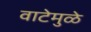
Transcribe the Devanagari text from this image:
वाटेमुळे